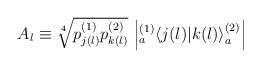
LaTeX: \begin{align*}A_l \equiv \sqrt[4]{p^{(1)}_{j(l)} p^{(2)}_{k(l)}}\,\left| { }^{(1)}_a \! \left\langle {j(l)}|{k(l)}\right\rangle^{(2)}_a \right|\end{align*}